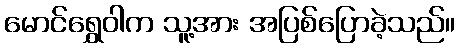
မောင်ရွှေဝါက သူ့အား အပြစ်ပြောခဲ့သည်။